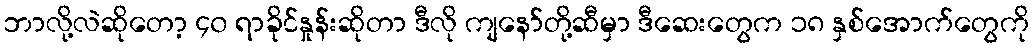
ဘာလို့လဲဆိုတော့ ၄၀ ရာခိုင်နှုန်းဆိုတာ ဒီလို ကျနော်တို့ဆီမှာ ဒီဆေးတွေက ၁၈ နှစ်အောက်တွေကို